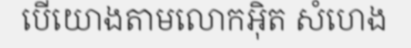
បើយោងតាមលោកអ៊ិត សំហេង